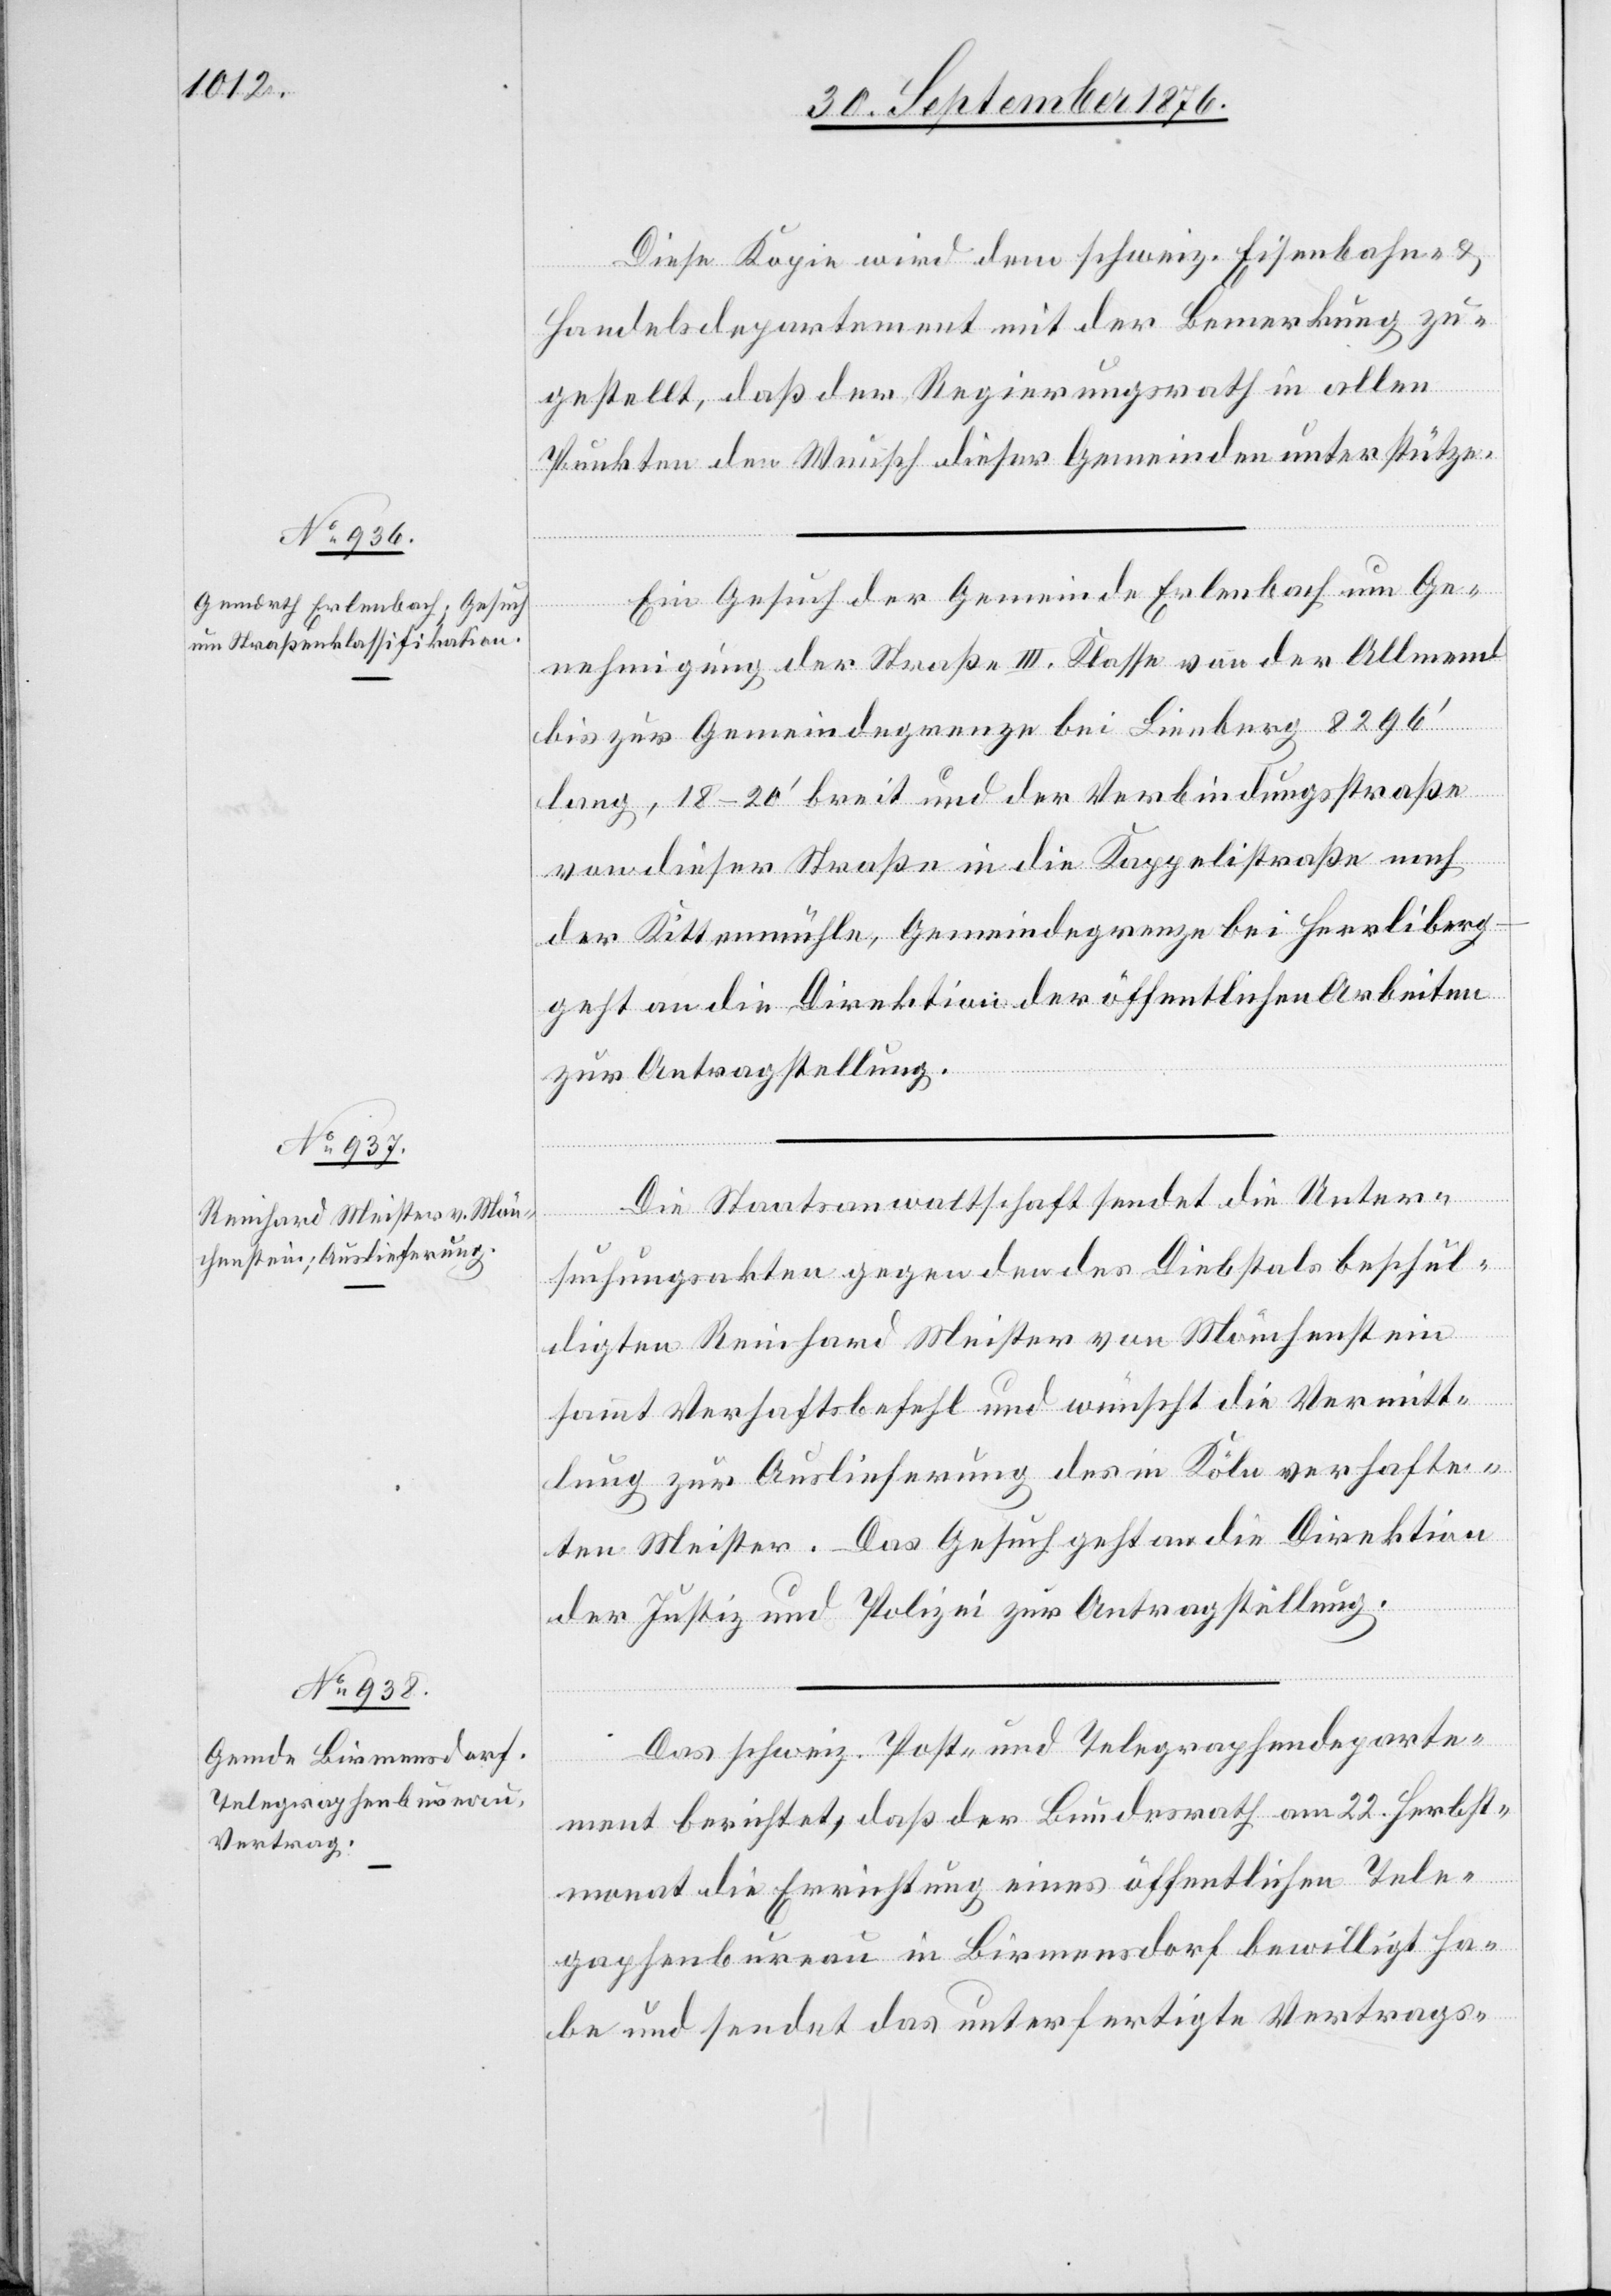
Diese Kopie wird dem schweiz. Eisenbahn- &
Handelsdepartement mit der Bemerkung zu¬
gestellt, daß der Regierungsrath in allen
Punkten den Wunsch dieser Gemeinden unterstütze.
Ein Gesuch der Gemeinde Erlenbach um Ge¬
nehmigung der Straße III. Klasse von der Allmend
bis zur Gemeindegrenze bei Lienberg 8296‘
lang, 18–20‘ breit und der Verbindungsstraße
von dieser Straße in die Kappelistraße nach
der Kittenmühle, Gemeindegrenze bei Herrliberg
geht an die Direktion der öffentlichen Arbeiten
zur Antragstellung.
Die Staatsanwaltschaft sendet die Unter¬
suchungsakten gegen den des Diebstals beschul¬
digten Reinhard Meister von Mönchenstein
sammt Verhaftsbefehl und wünscht die Vermitt¬
lung zur Auslieferung des in Köln verhafte¬
ten Meister. Das Gesuch geht an die Direktion
der Justiz und Polizei zur Antragstellung.
Das schweiz. Post- und Telegraphendeparte¬
ment berichtet, daß der Bundesrath am 22. Herbst¬
monat die Errichtung eines öffentlichen Tele¬
graphenbureau in Birmensdorf bewilligt ha¬
be und sendet das unterfertigte Vertrags-